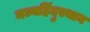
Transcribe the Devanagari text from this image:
मध्यहिंदुस्थान